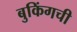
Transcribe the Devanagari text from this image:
बुकिंगची